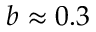
b \approx 0 . 3